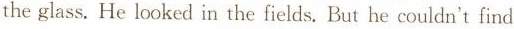
the glass.He looked in the fields. But he couldn’t find